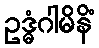
ဥဒ္ဓံဂါမိနိံ